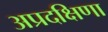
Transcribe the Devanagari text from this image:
अप्रदक्षिणा